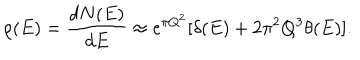
\rho ( E ) = { \frac { d N ( E ) } { d E } } \approx e ^ { \pi Q ^ { 2 } } [ \delta ( E ) + 2 \pi ^ { 2 } Q ^ { 3 } \theta ( E ) ] .